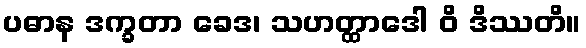
ပဓာန ဒက္ခတာ ခေဒ၊ သဟတ္ထာဒေါ ဝိ ဒိဿတိ။